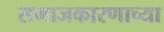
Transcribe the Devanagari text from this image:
समाजकारणाच्या